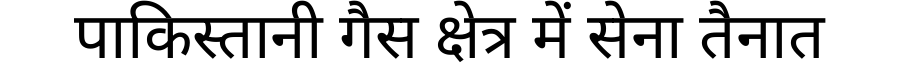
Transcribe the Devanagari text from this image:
पाकिस्तानी गैस क्षेत्र में सेना तैनात